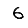
Digit: 6